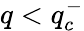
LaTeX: q<q_{c}^{-}